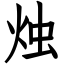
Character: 烛